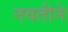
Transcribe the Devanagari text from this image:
नवतीने